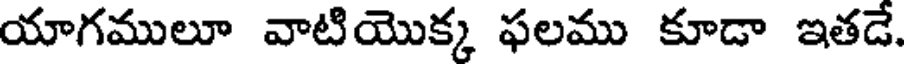
యాగములూ వాటియొక్క ఫలము కూడా ఇతడే.